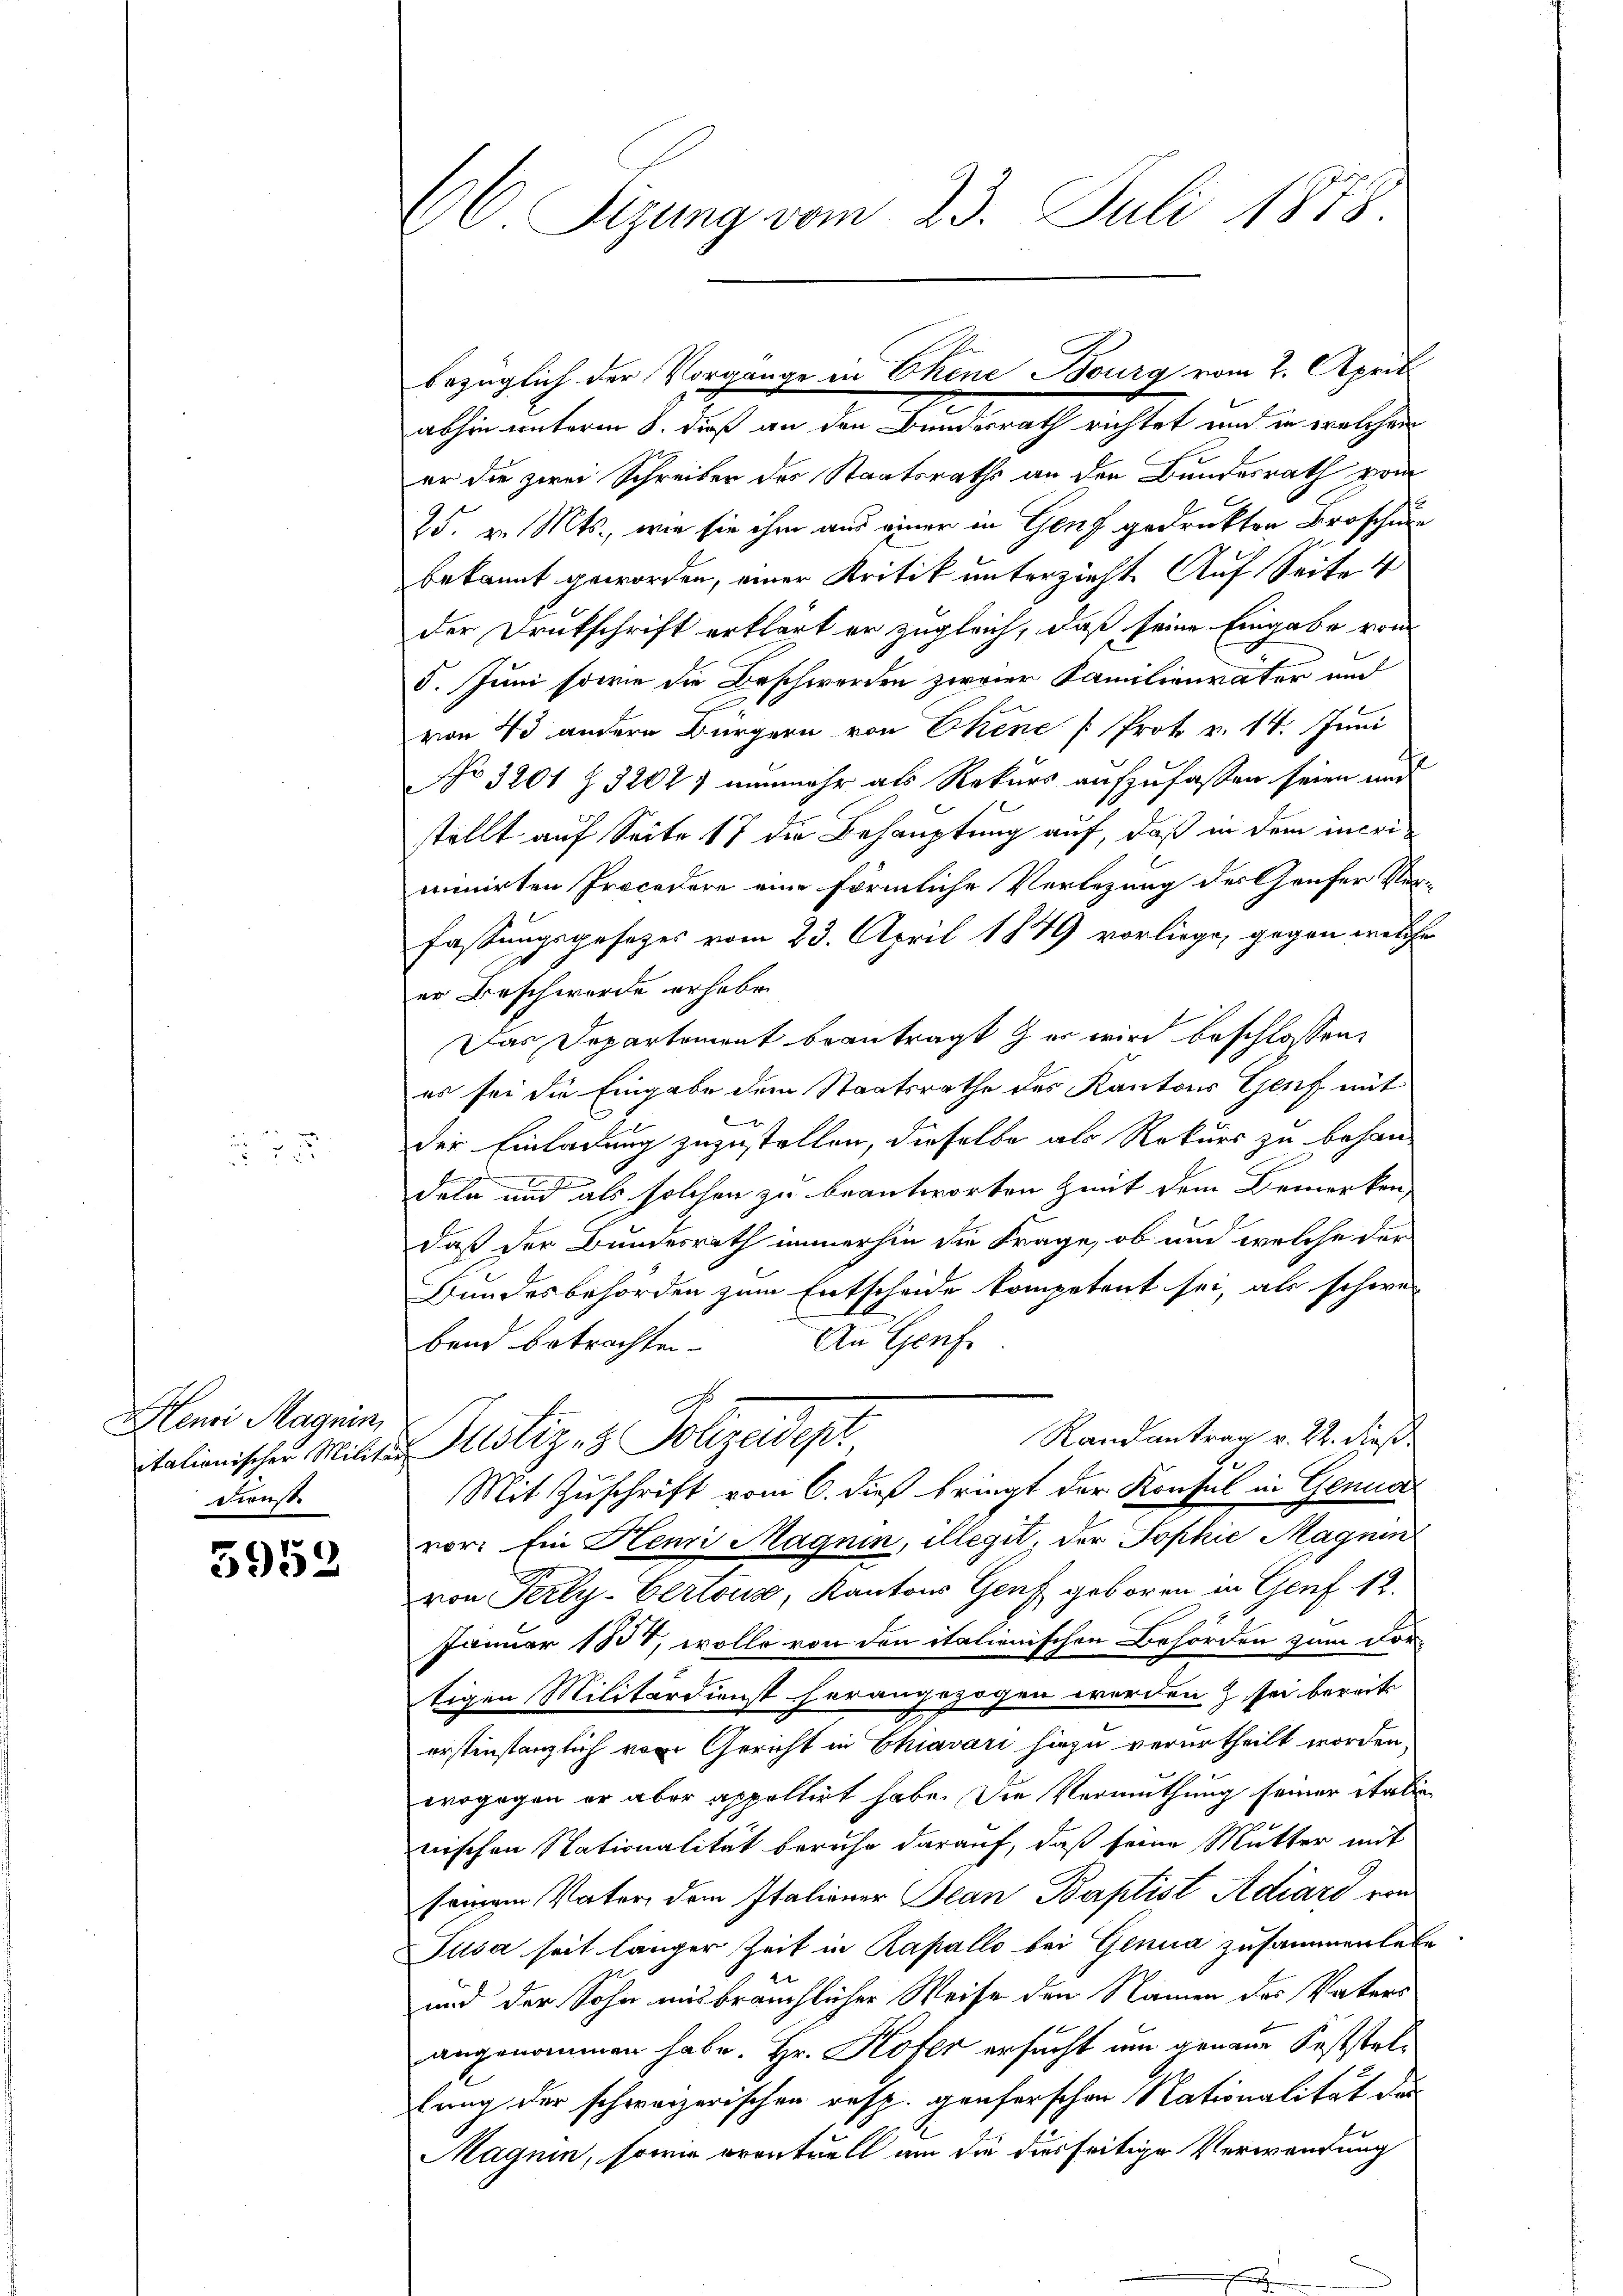
Henri Magnin,
dienste

5952

66 Sizung vom 23. Juli 1878.

er die zwei Schreiber des Staatsraths an den Bundesrath vom
25. v. Mts., wie sie ihm aus einer in Genf gedruckten Broschung
bekannt geworden, einer Kritik unterzieht. Auf Seite 4
der Drukschrift erklärt er zugleich, daß seine Eingabe vom
5. Juni sowie die Beschwerden zweier Familienvater und
von 43 andern Bürgern von Chene Prot v. 14. Juni
No 3201 f. 3202 nunmehr als Rekurs aufzufassen seien und
stellt auf Seite 17 die Behauptung auf, daß in dem incriminirten Procedere eine förmliche Verlegung der Genfer Vor-
fassungsgesetzes vom 23. April 1849 vorliege, gegen welche
er Beschwerde erheben
Das Departement beantragt & er wird beschlossen,
es sei die Eingabe dem Staatsrathe des Kantons Genf mit
.
der Einladung zuzustellen, dieselbe als Rekurs zu behandeln und als solchen zu beantworten Zeit dem Bemerken,
daß der Bundesrath immerhin die Frage, ob und welche der
Bundesbehörden zum Entscheide kompetent sei, als schwe
An Genf.
bend betrachten.
Randantrag v. 22. dieß
italienischen Militar Allotiz & Polizeidept
Mit Zuschrift vom 6. dieß bringt der Konsul in Genua
vor. Ein Henri Magnin, illegit, der Sophie Magni
von Perly-Certons, Kantons Genf geboren in Genf 12.
Januar 1857, wolle von den italienischen Behörden zum dortigen Militärdienst herangezogen werden & sei bereits
erstinstanzlich von Gericht in Chiavari hiezu verurtheilt worden.
wogegen er aber appellirt habe. Die Vermuthung seiner Stalien
nischen Stationalität beruhe darauf, daß seine Mutter mit
seinem Vater dem Italiener Jean Baptist Adiare von
Tuša seit länger Zeit in Rapallo bei Genua zusammenlebe
und der Sohn ausbräuchlicher Weise den Namen des Vaters
angenommen habe. Hr. Kofer ersucht um genaue Feststellung der schweizerischen resp. Genferschen Nationalität der
Magnin, sowie eventuell um die diesseitige Verwendung

bezüglich der Vorgange in Chene Bourg vom 2. April
abhin unterm 8. dieß an den Bundesrath richtet und in welchem